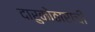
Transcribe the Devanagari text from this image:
दारुकोठाराची